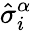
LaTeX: \hat{\sigma}_{i}^{\alpha}